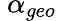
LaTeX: \ \alpha_{geo}